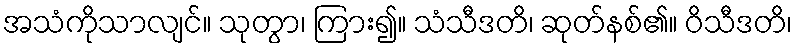
အသံကိုသာလျင်။ သုတွာ၊ ကြား၍။ သံသီဒတိ၊ ဆုတ်နစ်၏။ ဝိသီဒတိ၊